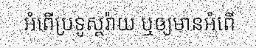
អំពើប្រទូស្តរ៉ាយ ឬឲ្យមានអំពើ